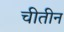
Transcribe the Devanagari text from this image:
चीतीन